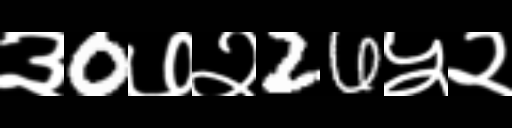
Text: ३0७२26५२